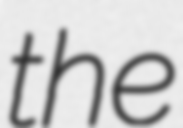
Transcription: the